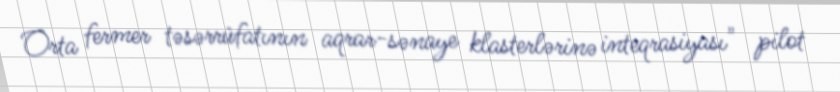
Orta fermer təsərrüfatının aqrar-sənaye klasterlərinə inteqrasiyası" pilot